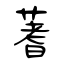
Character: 蓍